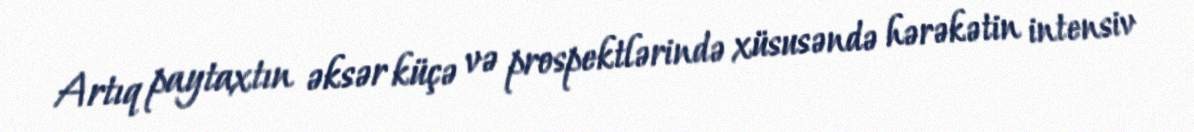
Artıq paytaxtın əksər küçə və prospektlərində xüsusəndə hərəkətin intensiv